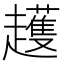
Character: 𧾛